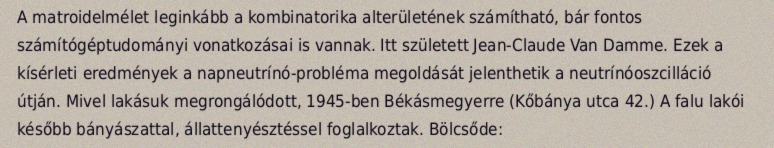
A matroidelmélet leginkább a kombinatorika alterületének számítható, bár fontos számítógéptudományi vonatkozásai is vannak. Itt született Jean-Claude Van Damme. Ezek a kísérleti eredmények a napneutrínó-probléma megoldását jelenthetik a neutrínóoszcilláció útján. Mivel lakásuk megrongálódott, 1945-ben Békásmegyerre (Kőbánya utca 42.) A falu lakói később bányászattal, állattenyésztéssel foglalkoztak. Bölcsőde: